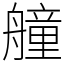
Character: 艟